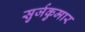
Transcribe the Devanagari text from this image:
सुर्जकुमार